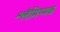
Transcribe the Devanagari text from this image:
श्लैमिष्मक